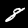
Digit: 8